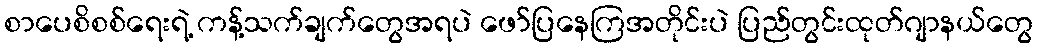
စာပေစိစစ်ရေးရဲ့ ကန့်သက်ချက်တွေအရပဲ ဖော်ပြနေကြအတိုင်းပဲ ပြည်တွင်းထုတ်ဂျာနယ်တွေ